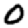
Digit: 0